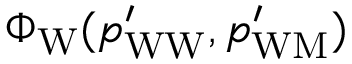
\Phi _ { \mathrm { W } } ( p _ { \mathrm { W W } } ^ { \prime } , p _ { \mathrm { W M } } ^ { \prime } )